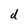
Character: d